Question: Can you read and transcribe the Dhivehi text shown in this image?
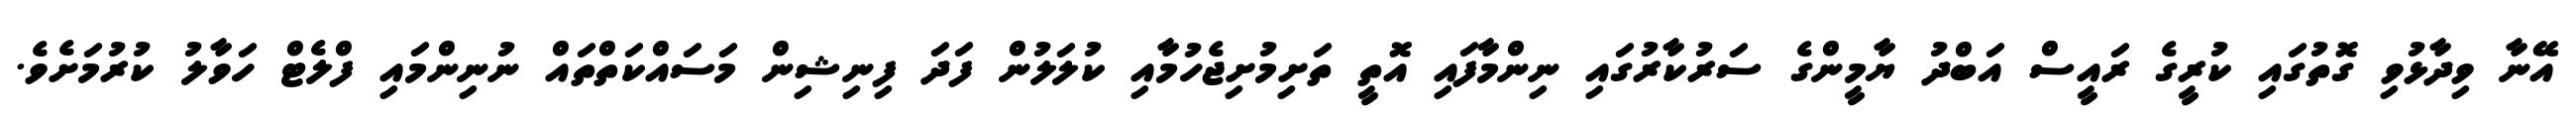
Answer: އޭނާ ވިދާޅުވި ގޮތުގައި ކުރީގެ ރައީސް އަބްދު ޔާމީންގެ ސަރުކާރުގައި ނިންމާފައި އޮތީ ތަށިމުށިޖެހުމާއި ކުލަލުން ފަދަ ފިނިޝިން މަސައްކަތްތައް ނުނިންމައި ފްލެޓް ހަވާލު ކުރުމަށެވެ.